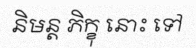
និមន្ត ភិក្ខុ នោះ ទៅ